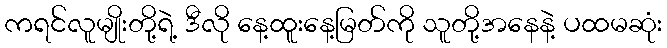
ကရင်လူမျိုးတို့ရဲ့ ဒီလို နေ့ထူးနေ့မြတ်ကို သူတို့အနေနဲ့ ပထမဆုံး